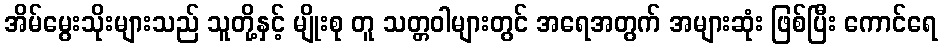
အိမ်မွေးသိုးများသည် သူတို့နှင့် မျိုးစု တူ သတ္တဝါများတွင် အရေအတွက် အများဆုံး ဖြစ်ပြီး ကောင်ရေ